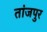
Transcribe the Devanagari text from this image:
तांजपुर